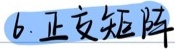
6. 正交矩阵